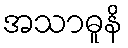
အသာဓူနိ